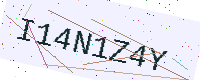
Text: I14N1Z4Y